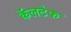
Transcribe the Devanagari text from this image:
कॅलटेक